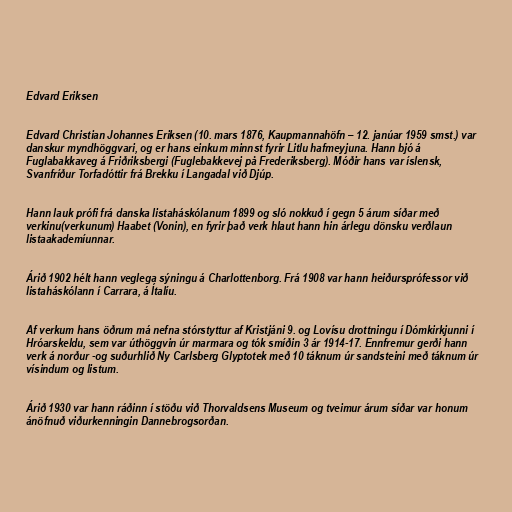
Edvard Eriksen

Edvard Christian Johannes Eriksen (10. mars 1876, Kaupmannahöfn – 12. janúar 1959 smst.) var
danskur myndhöggvari, og er hans einkum minnst fyrir Litlu hafmeyjuna. Hann bjó á
Fuglabakkaveg á Friðriksbergi (Fuglebakkevej på Frederiksberg). Móðir hans var íslensk,
Svanfríður Torfadóttir frá Brekku í Langadal við Djúp.

Hann lauk prófi frá danska listaháskólanum 1899 og sló nokkuð í gegn 5 árum síðar með
verkinu(verkunum) Haabet (Vonin), en fyrir það verk hlaut hann hin árlegu dönsku verðlaun
listaakademíunnar.

Árið 1902 hélt hann veglega sýningu á Charlottenborg. Frá 1908 var hann heiðursprófessor við
listaháskólann í Carrara, á Ítalíu.

Af verkum hans öðrum má nefna stórstyttur af Kristjáni 9. og Lovísu drottningu í Dómkirkjunni í
Hróarskeldu, sem var úthöggvin úr marmara og tók smíðin 3 ár 1914-17. Ennfremur gerði hann
verk á norður -og suðurhlið Ny Carlsberg Glyptotek með 10 táknum úr sandsteini með táknum úr
vísindum og listum.

Árið 1930 var hann ráðinn í stöðu við Thorvaldsens Museum og tveimur árum síðar var honum
ánöfnuð viðurkenningin Dannebrogsorðan.